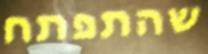
שהתפתח